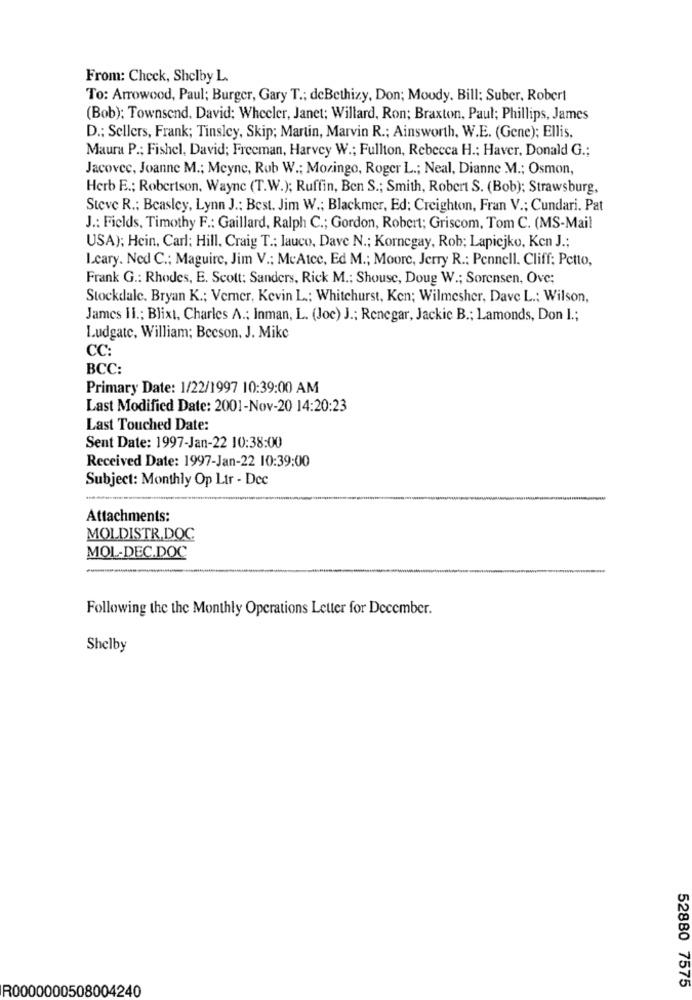
From: Check, Shelby L.
To: Arrowood, Paul; Burger, Gary T .; deBethizy, Don; Moudy. Bill: Suber, Robert
(Bob): Townsend. David: Wheeler, Janet: Willard, Ron; Braxton, Paul; Phillips, James
D .: Sellers, Frank; Tinsley, Skip; Martin, Marvin R .; Ainsworth, W.E. (Gene); Ellis,
Maura P .; Fishel, David; Freeman, Harvey W .; Fullton, Rebecca H .; Haver, Donald G .;
Jacovce, Joanne M .; Meyne, Rob W .; Mozingo, Roger L .; Neal, Dianne M .; Osmon,
Herb E .; Robertson, Wayne (T.W.); Ruffin, Ben S .; Smith, Robert S. (Bob); Strawsburg,
Steve R .: Beasley, Lynn J .: Best. Jim W .; Blackmer, Ed: Creighton, Fran V .; Cundari. Pat
J .: Fields, Timothy F .: Gaillard, Ralph C .; Gordon, Robert; Griscom, Tom C. (MS-Mail
USA); Hcin, Carl: Hill. Craig T .: lauco, Dave N .; Kornegay, Rob; Lapicjko, Ken J .:
Leary. Ned C .; Maguire, Jim V .: MeAtec, Ed M .; Moore, Jerry R .: Pennell. Cliff; Pctto,
Frank G .: Rhodes, E. Scott: Sanders, Rick M .; Shouse, Doug W .; Sorensen, Ove;
Stockdale. Bryan K .; Verner, Kevin L .: Whitehurst, Ken; Wilmesher, Dave L .; Wilson,
James il .; Blixt, Charles A .; Inman, L. (Joc) J .; Renegar, Jackie B .; Lamonds, Don I .;
Ludgate, William; Becson. J. Mike
CC:
BCC:
Primary Date: 1/22/1997 10:39:00 AM
Last Modified Date: 2001-Nov-20 14:20:23
Last Touched Date:
Sent Date: 1997-Jan-22 10:38:00
Received Date: 1997-Jan-22 10:39:00
Subject: Monthly Op Ltr - Dec
Attachments:
MOLDISTR.DOC
MOL-DEC.DOC
Following the the Monthly Operations Letter for December.
Shelby
52880 7575
R0000000508004240